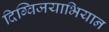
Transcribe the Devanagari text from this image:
दिग्विजयाभियान